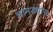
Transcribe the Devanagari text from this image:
चामड्यास